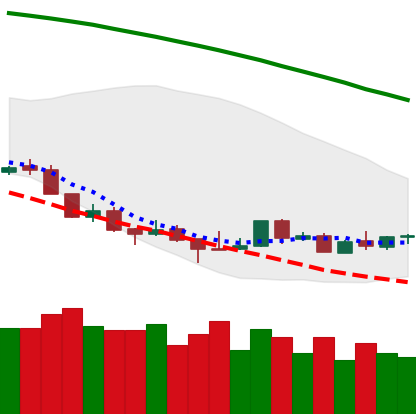
Ticker: LTC-USD
Chart end date: 2018-08-24
Forward return: 6.624%
Label: up_5_7